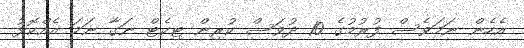
އެހެން ނަމަވެސް ފުރުމުގެ 10 ދުވަސް ކުރިން ޓިކެޓް ނަގާ ނަމަ އެއްކޮޅު